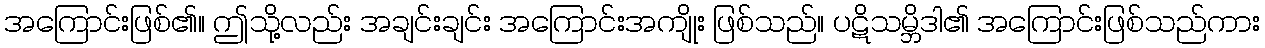
အကြောင်းဖြစ်၏။ ဤသို့လည်း အချင်းချင်း အကြောင်းအကျိုး ဖြစ်သည်။ ပဋိသမ္ဘိဒါ၏ အကြောင်းဖြစ်သည်ကား